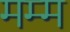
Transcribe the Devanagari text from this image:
मम्म